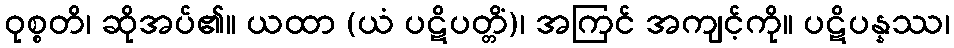
ဝုစ္စတိ၊ ဆိုအပ်၏။ ယထာ (ယံ ပဋိပတ္တိံ)၊ အကြင် အကျင့်ကို။ ပဋိပန္နဿ၊